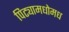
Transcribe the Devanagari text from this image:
पिट्यामधोमध